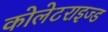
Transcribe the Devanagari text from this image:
कोलेटराइज्ड